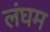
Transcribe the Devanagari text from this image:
लंघम